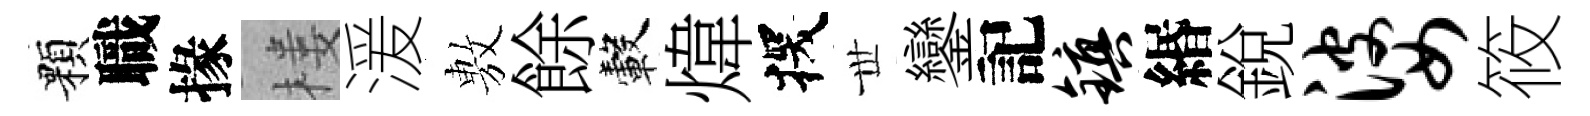
顆職掾楼湲𢾾餘轂煒探𠀍鑾記镇緡銳婆筱